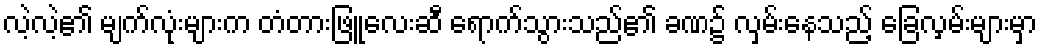
လဲ့လဲ့၏ မျက်လုံးများက တံတားဖြူလေးဆီ ရောက်သွားသည်၏ ခဏ၌ လှမ်းနေသည့် ခြေလှမ်းများမှာ